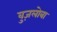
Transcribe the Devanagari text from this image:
वुज़लोबा